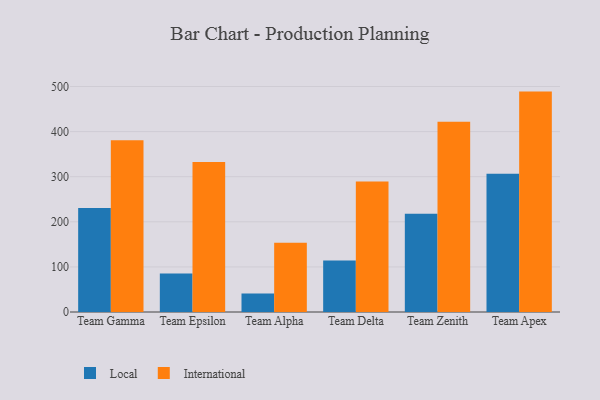
{"axis": {"x": "Team", "y": "Shipments"}, "legend": ["International", "Local"], "data": [{"x": "Team Gamma", "y": 230.8, "type": "Local"}, {"x": "Team Gamma", "y": 380.7, "type": "International"}, {"x": "Team Epsilon", "y": 85.4, "type": "Local"}, {"x": "Team Epsilon", "y": 332.6, "type": "International"}, {"x": "Team Alpha", "y": 40.8, "type": "Local"}, {"x": "Team Alpha", "y": 153.5, "type": "International"}, {"x": "Team Delta", "y": 114.0, "type": "Local"}, {"x": "Team Delta", "y": 289.2, "type": "International"}, {"x": "Team Zenith", "y": 218.0, "type": "Local"}, {"x": "Team Zenith", "y": 421.7, "type": "International"}, {"x": "Team Apex", "y": 306.6, "type": "Local"}, {"x": "Team Apex", "y": 488.7, "type": "International"}]}